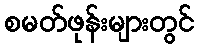
စမတ်ဖုန်းများတွင်